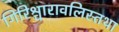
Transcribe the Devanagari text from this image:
गिरिश्चारावलिस्तथा